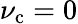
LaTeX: \nu_{\mathrm{c}}=0